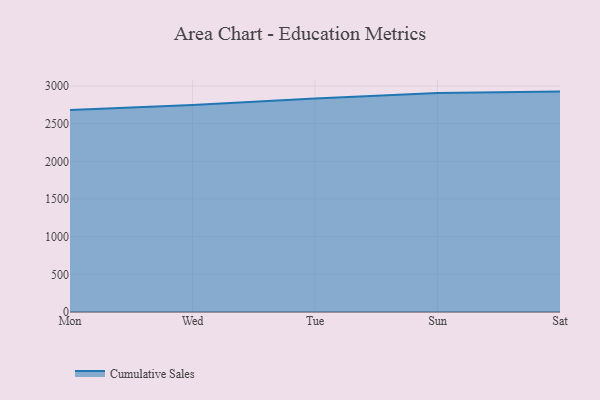
{"axis": {"x": "Day", "y": "Headcount"}, "legend": ["Cumulative Sales"], "data": [{"x": "Mon", "y": 2681.9, "type": "Cumulative Sales"}, {"x": "Wed", "y": 2748.8, "type": "Cumulative Sales"}, {"x": "Tue", "y": 2833.9, "type": "Cumulative Sales"}, {"x": "Sun", "y": 2906.3, "type": "Cumulative Sales"}, {"x": "Sat", "y": 2925.0, "type": "Cumulative Sales"}]}